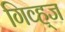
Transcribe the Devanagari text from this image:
गिव्ह्‌ज